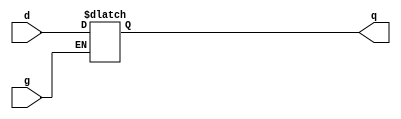
module latch(q,d,g);
input d,g;
output q;
reg q;
always @(g or d)
    begin
        if(g)
            q<=d;    
    end
endmodule